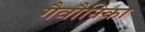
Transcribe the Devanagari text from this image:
गैवौनिका